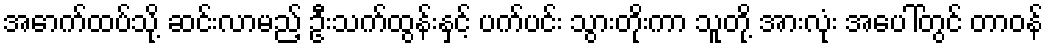
အောက်ထပ်သို့ ဆင်းလာမည့် ဦးသက်ထွန်းနှင့် ပက်ပင်း သွားတိုးကာ သူတို့ အားလုံး အပေါ်တွင် တာဝန်